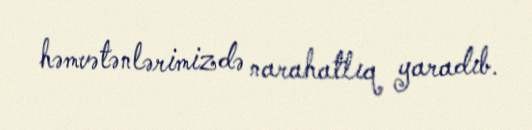
həmvətənlərimizdə narahatlıq yaradıb.